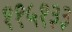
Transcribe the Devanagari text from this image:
११५१३३